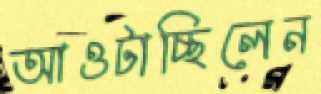
আওটাচ্ছিলেন